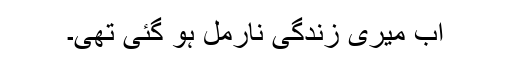
اب میری زندگی نارمل ہو گئی تھی۔